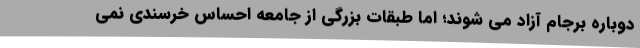
دوباره برجام آزاد می شوند؛ اما طبقات بزرگي از جامعه احساس خرسندي نمي